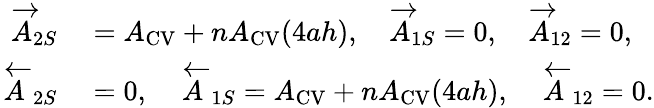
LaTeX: \begin{array}{rl}{\overrightarrow A_{2S}}&{{}=A_{\mathrm{{CV}}}+nA_{\mathrm{{CV}}}(4ah),\quad\overrightarrow A_{1S}=0,\quad\overrightarrow A_{12}=0,}\\ {\overleftarrow A_{2S}}&{{}=0,\quad\overleftarrow A_{1S}=A_{\mathrm{{CV}}}+nA_{\mathrm{{CV}}}(4ah),\quad\overleftarrow A_{12}=0.}\end{array}